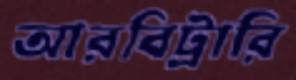
আরবিট্রারি